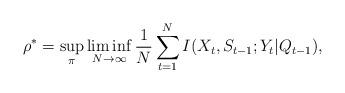
LaTeX: \begin{align*} \rho^{\ast} &= \sup_{\pi}\liminf _{N\rightarrow\infty} \frac{1}{N}\sum_{t=1}^{N} I(X_t,S_{t-1};Y_{t}|Q_{t-1}),\end{align*}